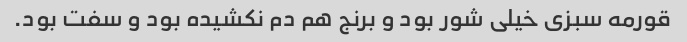
قورمه سبزی خیلی شور بود و برنج هم دم نکشیده بود و سفت بود.